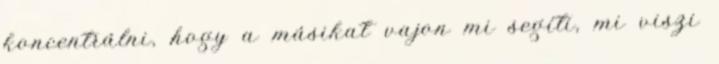
koncentrálni, hogy a másikat vajon mi segíti, mi viszi